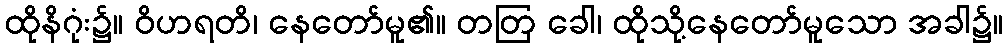
ထိုနိဂုံး၌။ ဝိဟရတိ၊ နေတော်မူ၏။ တတြ ခေါ၊ ထိုသို့နေတော်မူသော အခါ၌။